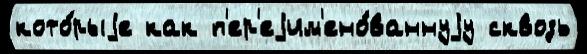
кото́рыjе как п'ер'еjим'ено́ваннуjу сквозь